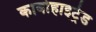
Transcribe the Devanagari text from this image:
कार्बोहाइट्रेड